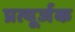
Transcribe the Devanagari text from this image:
प्रत्यूर्जक